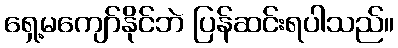
ရှေ့မကျော်နိုင်ဘဲ ပြန်ဆင်းရပါသည်။